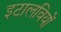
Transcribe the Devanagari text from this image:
इटालवियों